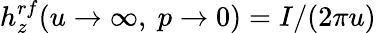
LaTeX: h_{z}^{rf}(u\rightarrow\infty,~p\rightarrow 0)=I/(2\pi u)